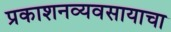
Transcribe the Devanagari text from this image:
प्रकाशनव्यवसायाचा